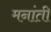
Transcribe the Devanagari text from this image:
मनांती